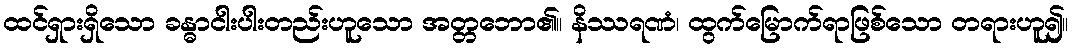
ထင်ရှားရှိသော ခန္ဓာငါးပါးတည်းဟူသော အတ္တဘော၏။ နိဿရဏံ၊ ထွက်မြောက်ရာဖြစ်သော တရားဟူ၍။